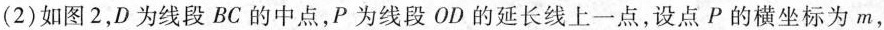
(2)如图2，D为线段BC的中点，P为线段OD的延长线上一点，设点P的横坐标为m，